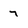
Character: 7